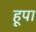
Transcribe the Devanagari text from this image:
हूपा